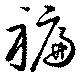
褊